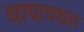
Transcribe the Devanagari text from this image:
चापापचय